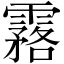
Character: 𩅗